Civil Veterinary Department. Madras. Admin. report 1926-33 - 1926-1933
Year: 1926
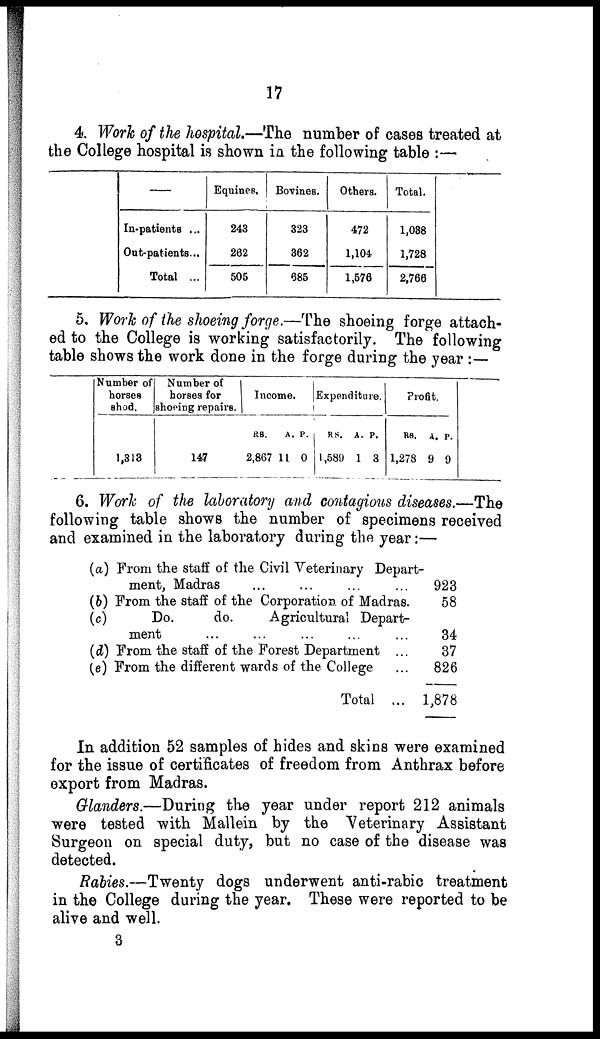
17
4. Work of the hospital.—The number of cases treated at
the College hospital is shown in the following table :—
—
In-patients ...
Out-patients...
Total ...
Equines.
243
262
505
Bovines.
323
362
685
Others.
472
1,104
1,576
Total.
1,038
1,728
2,766
5. Work of the shoeing forge.—The shoeing forge attach-
ed to the College is working satisfactorily. The following
table shows the work done in the forge during the year :—
Number of
horses
shod.
1,313
Number of
horses for
shoeing repairs.
147
Income.
RS.
2,867
A.
11
P.
0
Expenditure.
RS.
1,589
A.
1
P.
3
Profit.
RS.
1,278
A.
9
P.
9
6. Work of the laboratory and contagious diseases.—The
following table shows the number of specimens received
and examined in the laboratory during the year:—
(a)
(b)
(c)
(d)
(e)
From the staff of the Civil Veterinary Depart-
ment, Madras ... ... ... ...
From the staff of the Corporation of Madras.
Do.
do.
Agricultural Depart-
ment ... ... ... ... ...
From the staff of the Forest Department ...
From the different wards of the College ...
Total ...
923
58
34
37
826
1,878
In addition 52 samples of hides and skins were examined
for the issue of certificates of freedom from Anthrax before
export from Madras.
Glanders.—During the year under report 212 animals
were tested with Mallein by the Veterinary Assistant
Surgeon on special duty, but no case of the disease was
detected.
Rabies.—Twenty dogs underwent anti-rabic treatment
in the College during the year. These were reported to be
alive and well.
3